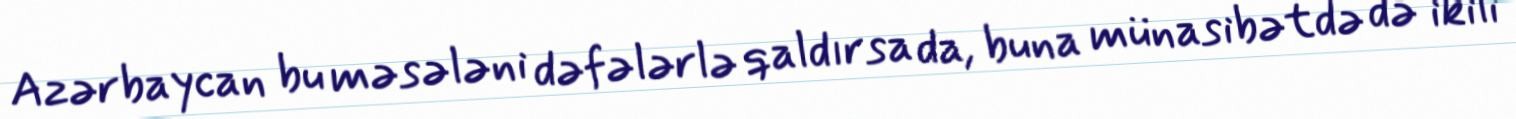
Azərbaycan bu məsələni dəfələrlə qaldırsa da, buna münasibətdə də ikili